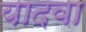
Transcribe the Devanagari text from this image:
यादवा